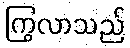
ကြွလာသည်